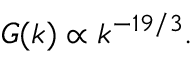
G ( k ) \propto k ^ { - 1 9 / 3 } .